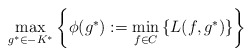
\begin{align*}\max_{g^*\in -K^*}\left\{\phi(g^*):=\min_{f\in C}\left\{L(f, g^*)\right\}\right\}\end{align*}